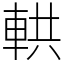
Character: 輁